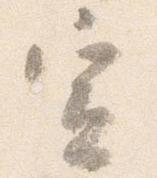
宣